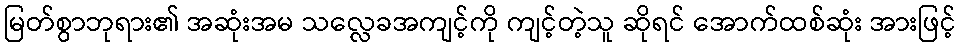
မြတ်စွာဘုရား၏ အဆုံးအမ သလ္လေခအကျင့်ကို ကျင့်တဲ့သူ ဆိုရင် အောက်ထစ်ဆုံး အားဖြင့်